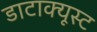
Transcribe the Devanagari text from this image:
डाटाक्यूस्ट